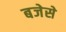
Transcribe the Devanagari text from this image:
बजेसे